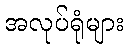
အလုပ်ရုံများ